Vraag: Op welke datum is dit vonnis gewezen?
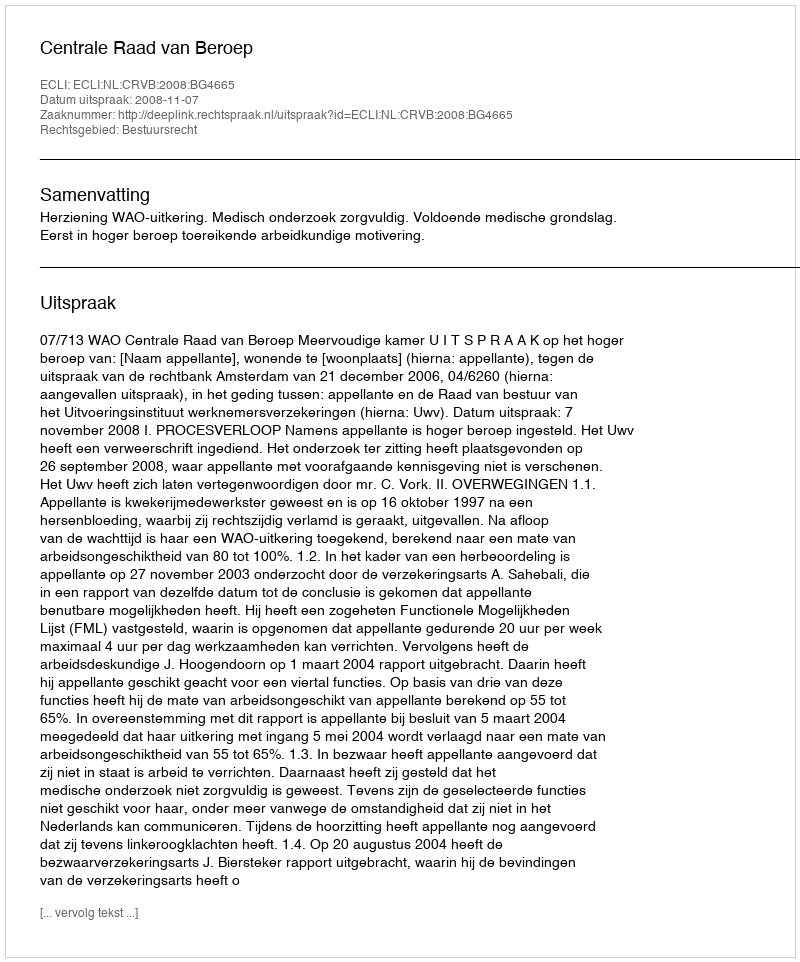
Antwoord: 2008-11-07